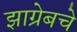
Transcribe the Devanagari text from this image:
झाग्रेबचे